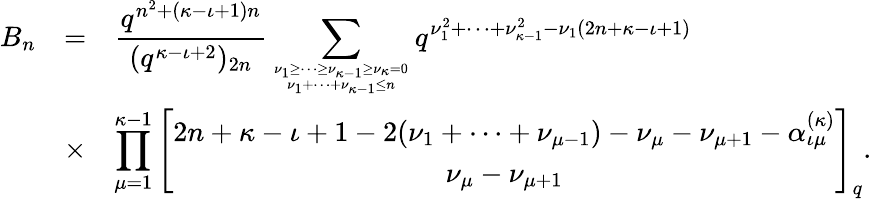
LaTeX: \begin{array}{rcl}{{B_{n}}}&{{=}}&{{\displaystyle\frac{q^{n^{2}+(\kappa-\iota+1)n}}{(q^{\kappa-\iota+2})_{2n}}\sum_{{\nu_{1}\geq\cdots\geq\nu_{\kappa-1}\geq\nu_{\kappa}=0}\atop{\nu_{1}+\cdots+\nu_{\kappa-1}\leq n}}q^{\nu_{1}^{2}+\cdots+\nu_{\kappa-1}^{2}-\nu_{1}(2n+\kappa-\iota+1)}}}\\ {{}}&{{\times}}&{{\displaystyle\prod_{\mu=1}^{\kappa-1}\left[\begin{array}{c}{{2n+\kappa-\iota+1-2(\nu_{1}+\cdots+\nu_{\mu-1})-\nu_{\mu}-\nu_{\mu+1}-\alpha_{\iota\mu}^{(\kappa)}}}\\ {{\nu_{\mu}-\nu_{\mu+1}}}\end{array}\right]_{q}.}}\end{array}